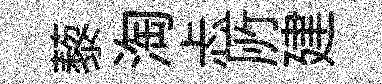
藜淘忐𠩄建